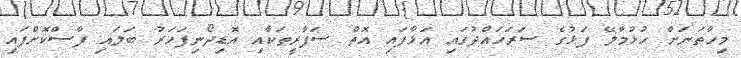
މިހާތަނަށް ހުޅުމާލޭ ފަޅުގެ ސަރަހައްދުގައި އަޅާފައި އޮތް ސަފާރީތަކާއި އޮޑިދޯނިފަހަރު ބަލައި ފާސްކޮށްފައި